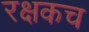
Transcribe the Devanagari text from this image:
रक्षकच